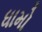
ધામો